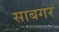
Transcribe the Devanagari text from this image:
साबगर